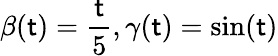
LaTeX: \beta(\mathsf{t})=\frac{{\mathsf{t}}}{{5}},\gamma(\mathsf{t})=\sin(\mathsf{t})